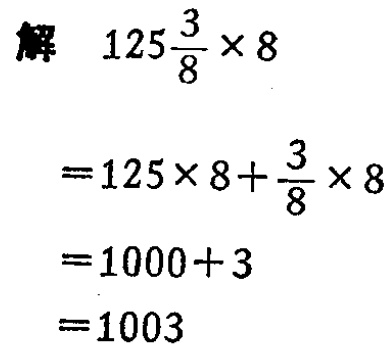
解

\[

\begin{align*}

125\frac{3}{8} \times 8&=(125 + \frac{3}{8})\times 8\\

&=125\times 8+\frac{3}{8}\times 8\\

&=1000 + 3\\

&=1003

\end{align*}

\]